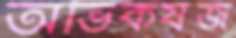
অভিকর্ষজ